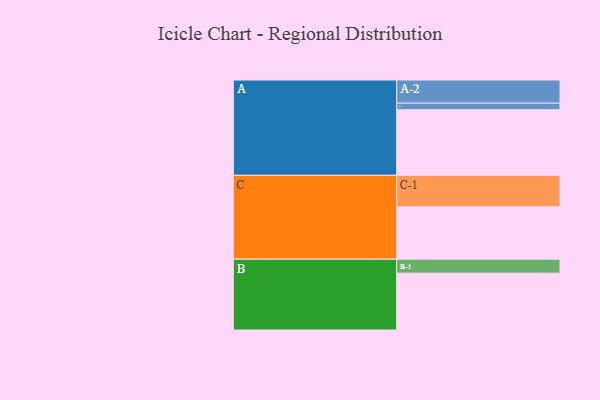
{"axis": {"x": "Segment", "y": "Value"}, "legend": ["", "A", "B", "C"], "data": [{"x": "A", "y": 600, "type": ""}, {"x": "B", "y": 520, "type": ""}, {"x": "C", "y": 480, "type": ""}, {"x": "A-1", "y": 60, "type": "A"}, {"x": "A-2", "y": 212, "type": "A"}, {"x": "B-1", "y": 128, "type": "B"}, {"x": "C-1", "y": 287, "type": "C"}]}